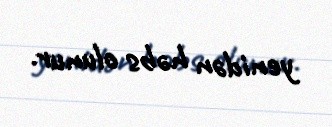
yenidən həbs olunur.